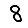
Digit: 8